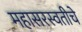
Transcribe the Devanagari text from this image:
महासरस्वतीचे